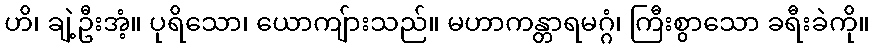
ဟိ၊ ချဲ့ဦးအံ့။ ပုရိသော၊ ယောကျ်ားသည်။ မဟာကန္တာရမဂ္ဂံ၊ ကြီးစွာသော ခရီးခဲကို။